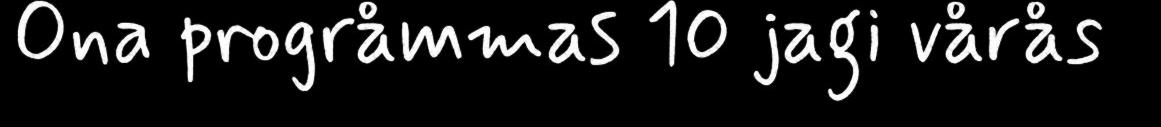
Ona progråmmas 10 jagi vårås